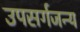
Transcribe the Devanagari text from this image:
उपसर्गजन्य